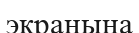
экранына